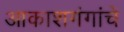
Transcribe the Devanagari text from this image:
आकाशगंगांचे